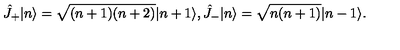
\hat { J } _ { + } | n \rangle = \sqrt { ( n + 1 ) ( n + 2 ) } | n + 1 \rangle , \hat { J } _ { - } | n \rangle = \sqrt { n ( n + 1 ) } | n - 1 \rangle .